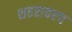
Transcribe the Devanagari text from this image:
शहरावरच